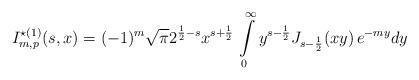
LaTeX: \begin{align*}I_{m,p}^{\star(1)}(s,x)=(-1)^{m}\sqrt{\pi}2^{\frac{1}{2}-s}x^{s+\frac{1}{2}}\,\intop_{0}^{\infty}y^{s-\frac{1}{2}}J_{s-\frac{1}{2}}(xy)\,e^{-my}dy\end{align*}